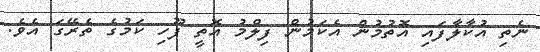
ނެތި އުކާލާފައި އޮތުމުން އެކަމުން ފިލްމު އޮތީ ފޫހި ކަމުގެ ތެރޭގަ އެވެ.